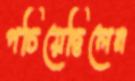
পচিয়েছিলেন